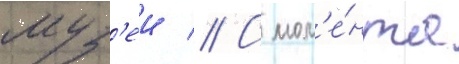
муз'еи // С мом'е́нта